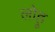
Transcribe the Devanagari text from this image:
लोहू